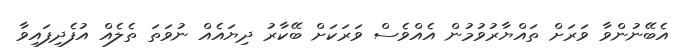
އެބޭނުންވާ ވަރަށް ތައްޔާރުވުމުން އެއްވެސް ވަރަކަށް ބޭކާރު ދިޔައެއް ނުވަތަ ތެލެއް އުފެދިފައިވާ